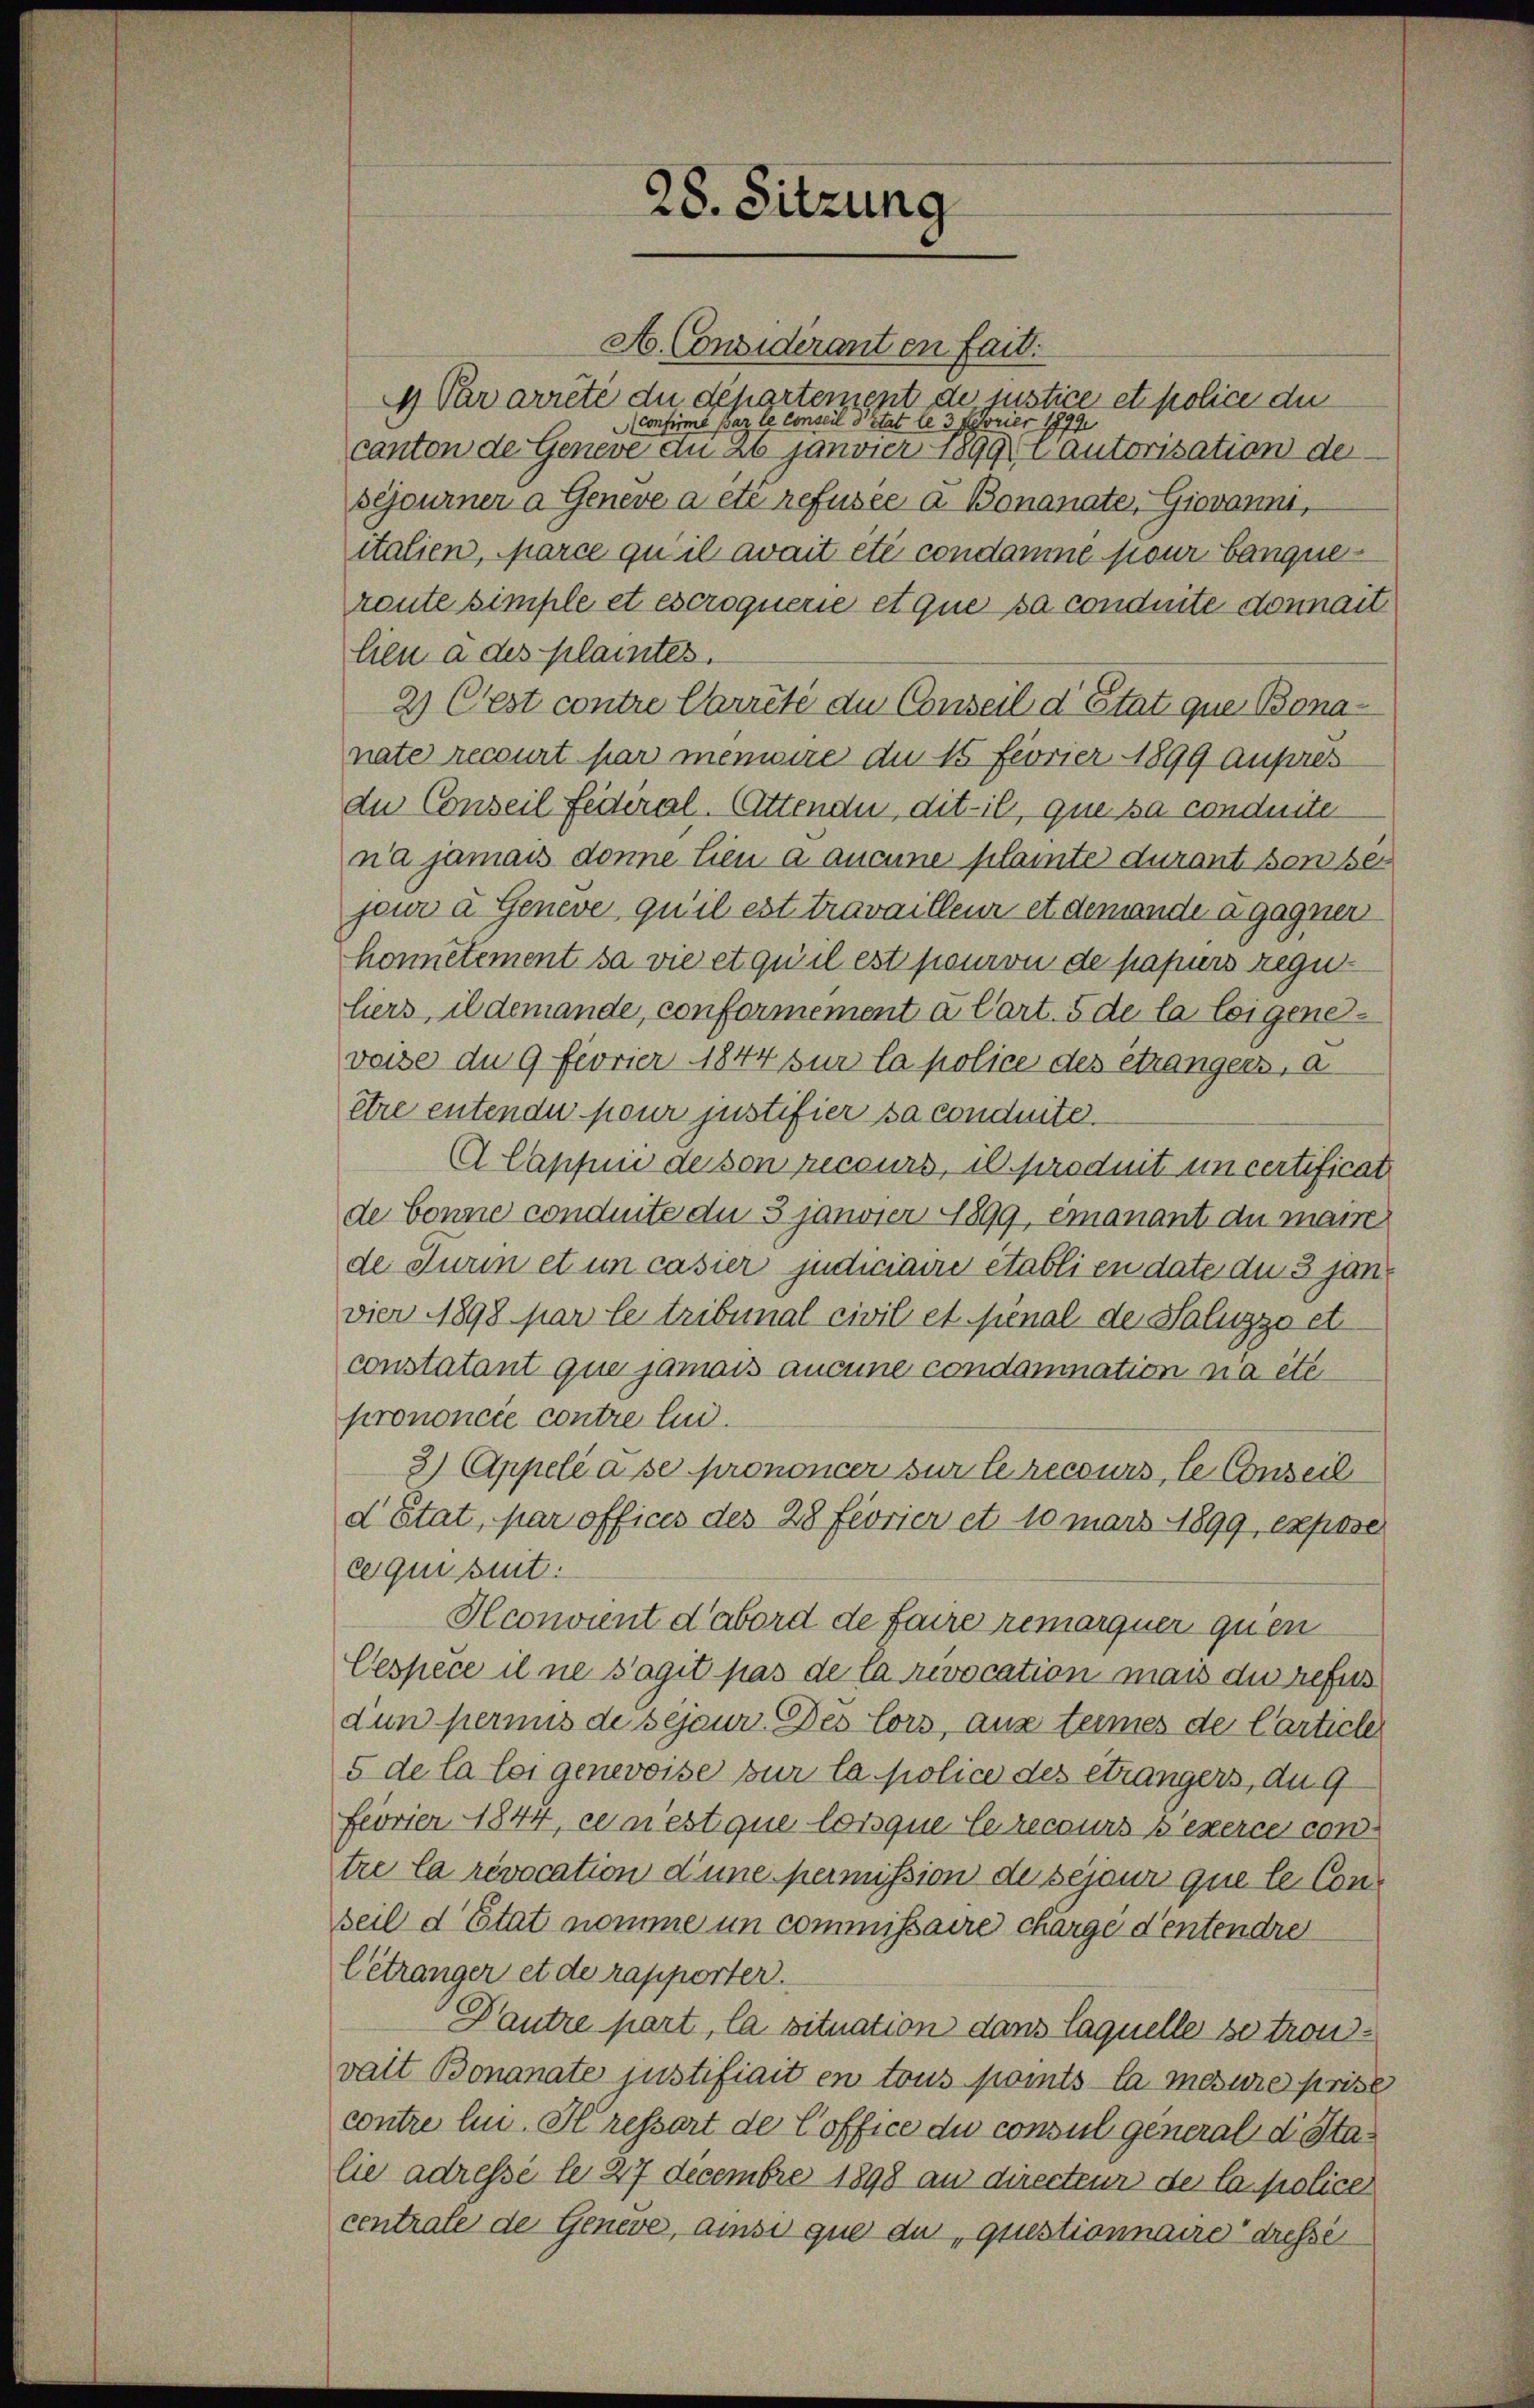
28. Sitzung

A. Considérant en fait.
4 Par arrete du département de lustice et police du
Confirmé par le Conseil Pitat le 3 Ferier 1899
canton de Geneve an ab janvier 1899 autorisation de
sejourner a Geneve a été refusée à Bonanate, Giovanni,
italien, Marce qu’il avait été condamne pour Banquereute simple et escroquerie et que sa conduite donnait
lien a des plaintes.
2) Cest contre Carreté du Conseil d’Etat que Bonanate recourt par menwire du 15 feorier 1899 aufres
du Conseil Federal-Attendu, dit-il, que sa conduite
na jamais donne lieu à auamne plainte durant sonder
jeur à Geneve qu’il est travailleur et demande a gagner
honnetement sa vie et qu’il est pouron de papiers reguliers, il demande, conformement à l’art. 5 de la leigenevoise du 9 Feorier 1844 sur la police des étrangers, a
être entende pour justifier sa conduite.
A Cappiii de son recours, il produit un certificat
de bonne conduite du 3 janvier 1899 emanant du maire
de Turin et un casier judiciaire établi en date du 3 janvier 1898 par le tribunal civil et sienal der Saluzzo et
constatant que jamais aucune condomination na etc.
prononcée contre lui.
3) Appelé à se prononcer sur le recours, le Conseil
d Etat, par offices des 28 feorier et 10 März 1899, expose
ce qui suit.
Hconvient d’abord de faire remarquer quen
Cespèce il ne s’agit pas de la revocation mais du refus
dun permis de sejaur Des Cors, aus termes de Carticle
5 de la loi genevoise sur la police des étrangers, du 9
Feorier 1844, ce n’est que lorsque le recours s’exerce con
tre la révocation d’une permission dessejour que le Conseil d’Etat nomme in commissaire charge d’entendre
létranger et de rapporter.
Dautre part, la situation dans laquelle se trou
valt Bonanate justifiait en tous pomts la mesure prise
contre lui. Il ressart de Coffice du consul general die Stalie adressé le 27 Decembre 1898 an directeur der la police
centrate de Geneve, ainsi que du, questionnaire dressé